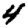
Digit: 4